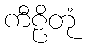
ကီဠိတုံ